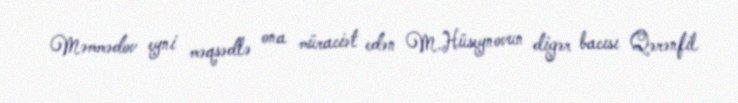
Məmmədov eyni məqsədlə ona müraciət edən M.Hüseynovun digər bacısı Qərənfil